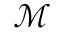
\mathcal { M }